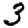
Digit: 3